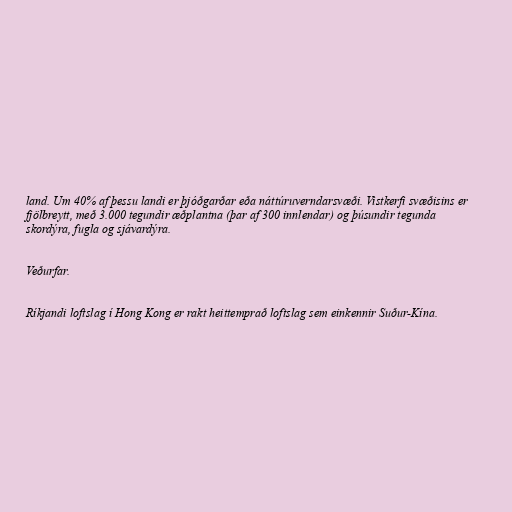
land. Um 40% af þessu landi er þjóðgarðar eða náttúruverndarsvæði. Vistkerfi svæðisins er
fjölbreytt, með 3.000 tegundir æðplantna (þar af 300 innlendar) og þúsundir tegunda
skordýra, fugla og sjávardýra.

Veðurfar.

Ríkjandi loftslag í Hong Kong er rakt heittemprað loftslag sem einkennir Suður-Kína.